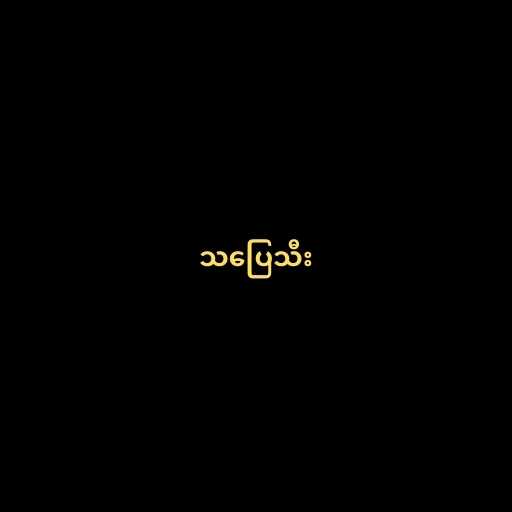
သပြေသီး